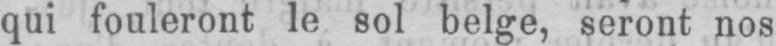
qui fouleront le sol belge, seront nos